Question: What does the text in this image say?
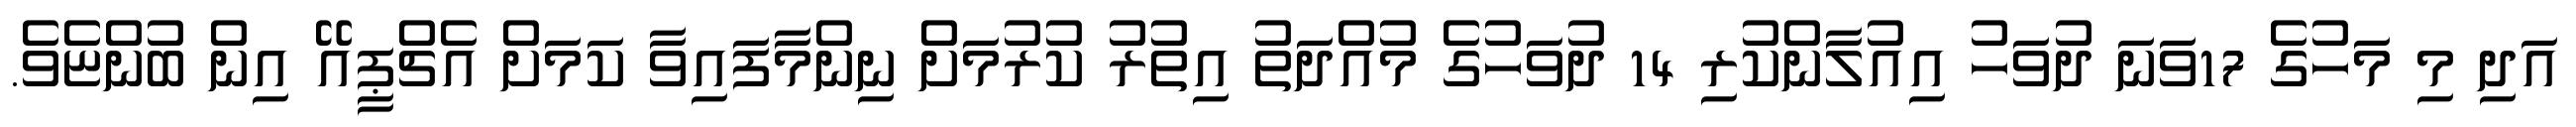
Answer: އަދި މި މަހުގެ 17ވަނަ ދުވަހު އިއުލާންކުރި 14 ދުވަހުގެ މުއްދަތު އިތުރު ކުރުމަށް ނިންމާފައިވާ ކަމަށް އެޗްޕީއޭ އިން ބުންޏެވެ.